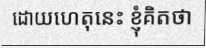
ដោយហេតុនេះ ខ្ញុំគិតថា